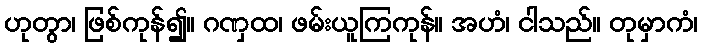
ဟုတွာ၊ ဖြစ်ကုန်၍။ ဂဏှထ၊ ဖမ်းယူကြကုန်။ အဟံ၊ ငါသည်။ တုမှာကံ၊